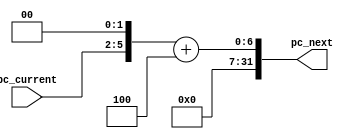
//In MIPS architecture, instruction memory is aligned. Apart from branch/jump instructions, 
//PC is incremented by 4 bytes after each instruction

module increment_pc(
    input [3:0] pc_current,
    output [31:0] pc_next
);

wire [31:0] pc_32;
assign pc_32 = {26'b0, pc_current, 2'b0};     //zero extend
assign pc_next = pc_32 + 4;

endmodule